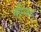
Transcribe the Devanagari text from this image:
मस्जि़द